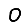
Digit: 0